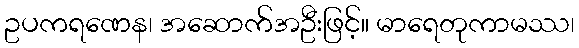
ဥပကရဏေန၊ အဆောက်အဦးဖြင့်။ မာရေတုကာမဿ၊